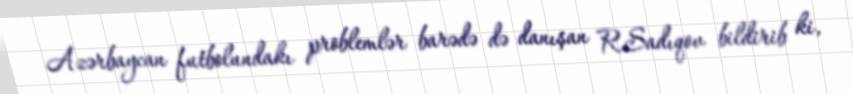
Azərbaycan futbolundakı problemlər barədə də danışan R.Sadıqov bildirib ki,